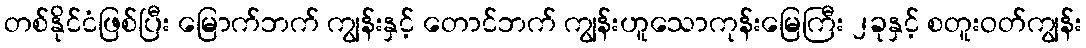
တစ်နိုင်ငံဖြစ်ပြီး မြောက်ဘက် ကျွန်းနှင့် တောင်ဘက် ကျွန်းဟူသောကုန်းမြေကြီး ၂ခုနှင့် စတူးဝတ်ကျွန်း